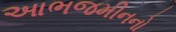
આભજમીનનો